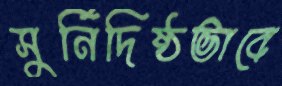
সুর্নিদিষ্ঠভাবে